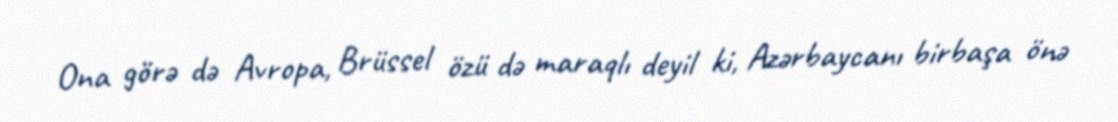
Ona görə də Avropa, Brüssel özü də maraqlı deyil ki, Azərbaycanı birbaşa önə